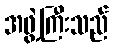
အဖွဲ့ကြီးသည်